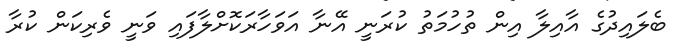
ބެލައިދުގެ އާއިލާ އިން ތުހުމަތު ކުރަނީ އޭނާ އަވަހާރަކޮށްލާފައި ވަނީ ވެރިކަން ކުރާ